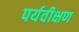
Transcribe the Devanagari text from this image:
पर्यवीक्षण